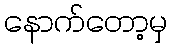
နောက်တော့မှ